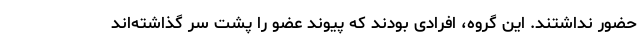
حضور نداشتند. این گروه، افرادی بودند که پیوند عضو را پشت سر گذاشته‌اند